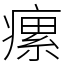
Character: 瘰